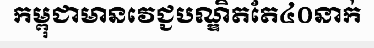
កម្ពុជាមានវេជ្ជបណ្ឌិតតែ៤០នាក់